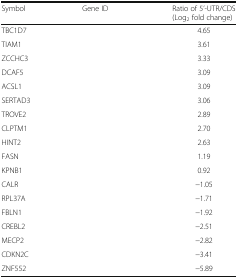
<table><thead><tr><td><b>Symbol</b></td><td><b>Gene ID</b></td><td><b>Ratio of 5’-UTR/CDS(Log<sub>2</sub> fold change)</b></td></tr></thead><tbody><tr><td>TBC1D7</td><td>[EMPTY_CELL]</td><td>4.65</td></tr><tr><td>TIAM1</td><td>[EMPTY_CELL]</td><td>3.61</td></tr><tr><td>ZCCHC3</td><td>[EMPTY_CELL]</td><td>3.33</td></tr><tr><td>DCAF5</td><td>[EMPTY_CELL]</td><td>3.09</td></tr><tr><td>ACSL1</td><td>[EMPTY_CELL]</td><td>3.09</td></tr><tr><td>SERTAD3</td><td>[EMPTY_CELL]</td><td>3.06</td></tr><tr><td>TROVE2</td><td>[EMPTY_CELL]</td><td>2.89</td></tr><tr><td>CLPTM1</td><td>[EMPTY_CELL]</td><td>2.70</td></tr><tr><td>HINT2</td><td>[EMPTY_CELL]</td><td>2.63</td></tr><tr><td>FASN</td><td>[EMPTY_CELL]</td><td>1.19</td></tr><tr><td>KPNB1</td><td>[EMPTY_CELL]</td><td>0.92</td></tr><tr><td>CALR</td><td>[EMPTY_CELL]</td><td>−1.05</td></tr><tr><td>RPL37A</td><td>[EMPTY_CELL]</td><td>−1.71</td></tr><tr><td>FBLN1</td><td>[EMPTY_CELL]</td><td>−1.92</td></tr><tr><td>CREBL2</td><td>[EMPTY_CELL]</td><td>−2.51</td></tr><tr><td>MECP2</td><td>[EMPTY_CELL]</td><td>−2.82</td></tr><tr><td>CDKN2C</td><td>[EMPTY_CELL]</td><td>−3.41</td></tr><tr><td>ZNF552</td><td>[EMPTY_CELL]</td><td>−5.89</td></tr></tbody></table>